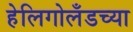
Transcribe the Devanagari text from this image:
हेलिगोलँडच्या